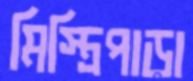
মিস্ত্রিপাড়া